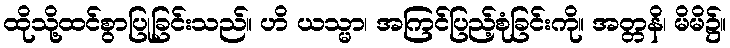
ထိုသို့ထင်စွာပြုခြင်းသည်။ ဟိ ယသ္မာ၊ အကြင်ပြည့်စုံခြင်းကို။ အတ္တနိ၊ မိမိ၌။